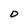
Character: O